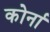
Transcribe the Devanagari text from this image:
कोर्ना